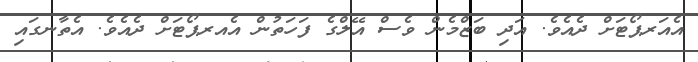
އެއަރޕޯޓަށް ދެއެވެ. އަދި ބަޒްމެން ވެސް އޭލްގެ ފަހަތުން އެއރޕޯޓަށް ދެއެވެ. އެތާނގައި